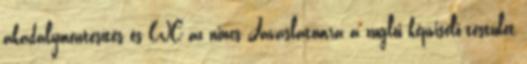
akadálymentesítés és WC az nincs Javaslatomra a zuglói képviselő-testület